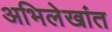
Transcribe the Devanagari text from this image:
अभिलेखांत